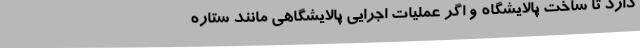
دارد تا ساخت پالایشگاه و اگر عملیات اجرایی پالایشگاهی مانند ستاره